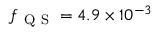
f _ { \mathrm { ~ Q ~ S ~ } } = 4 . 9 \times 1 0 ^ { - 3 }